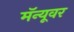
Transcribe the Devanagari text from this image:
मॅन्यूवर